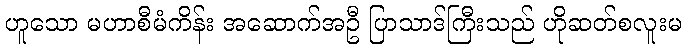
ဟူသော မဟာစီမံကိန်း အဆောက်အဦ ပြာသာဒ်ကြီးသည် ဟိုဆတ်စလူးမ